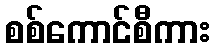
စစ်ကောင်စီကား